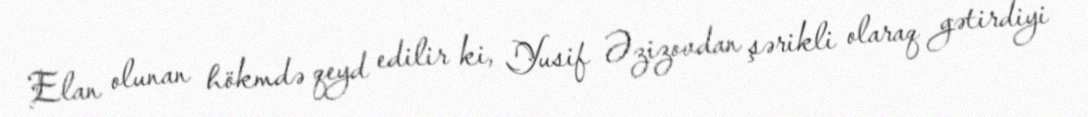
Elan olunan hökmdə qeyd edilir ki, Yusif Əzizovdan şərikli olaraq gətirdiyi